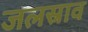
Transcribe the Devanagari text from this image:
जलस्राव